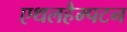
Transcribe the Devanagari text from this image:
एथलहैम्पटन